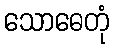
သောဓေတုံ